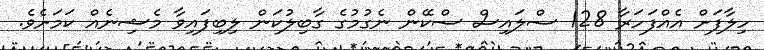
ހިލާފަށް އެއްފަހަރާ 128 ސްލައިސް ސްކޭން ނެގުމުގެ ގާބިލުކަން ލިބިފައިވާ މެޝިނެއް ކަމަށެވެ.